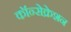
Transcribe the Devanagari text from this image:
कॉन्सेक्रेशन